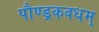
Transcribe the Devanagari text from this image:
पौण्ड्रकवधम्